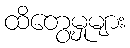
ထိတွေ့မှုများ